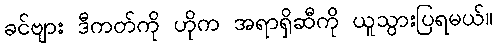
ခင်ဗျား ဒီကတ်ကို ဟိုက အရာရှိဆီကို ယူသွားပြရမယ်။